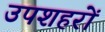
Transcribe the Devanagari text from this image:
उपशहरों